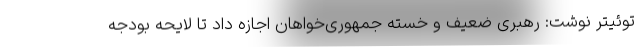
توئیتر نوشت: رهبری ضعیف و خسته جمهوری‌خواهان اجازه داد تا لایحه بودجه